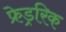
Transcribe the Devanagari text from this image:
फ्रेड्ररिक